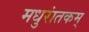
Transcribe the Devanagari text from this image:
मधुरांतकम्